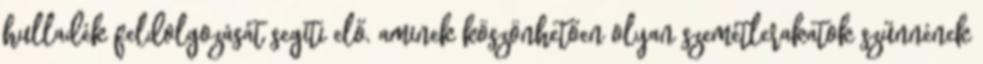
hulladék feldolgozását segíti elő, aminek köszönhetően olyan szemétlerakatok szűnnének